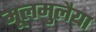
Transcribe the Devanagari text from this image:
मूलमुलैया